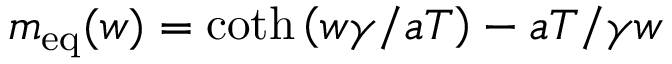
m _ { \mathrm { e q } } ( w ) = \coth \left( w \gamma / a T \right) - a T / \gamma w